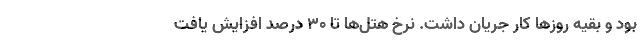
بود و بقیه روزها کار جریان داشت. نرخ هتل‌ها تا ۳۰ درصد افزایش یافت